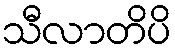
သီလာတိပိ